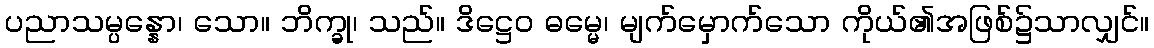
ပညာသမ္ပန္နော၊ သော။ ဘိက္ခု၊ သည်။ ဒိဋ္ဌေဝ ဓမ္မေ၊ မျက်မှောက်သော ကိုယ်၏အဖြစ်၌သာလျှင်။